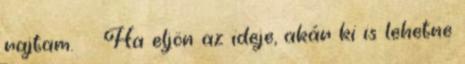
rajtam. Ha eljön az ideje, akár ki is lehetne